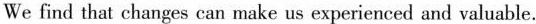
We find that changes can make us experienced and valuble